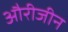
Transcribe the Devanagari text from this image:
औरीजीन